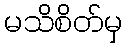
မသိစိတ်မှ